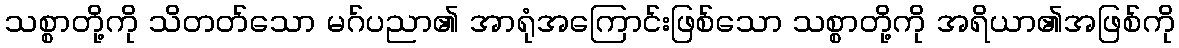
သစ္စာတို့ကို သိတတ်သော မဂ်ပညာ၏ အာရုံအကြောင်းဖြစ်သော သစ္စာတို့ကို အရိယာ၏အဖြစ်ကို